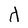
Character: d